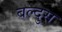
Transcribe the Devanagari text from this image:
बल्दुस